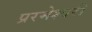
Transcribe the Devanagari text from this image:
प्ररमेश्वरी